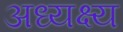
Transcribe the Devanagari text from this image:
अध्यक्ष्य